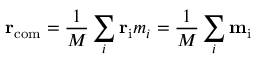
\mathbf { r } _ { \mathrm { c o m } } = { \frac { 1 } { M } } \sum _ { i } \mathbf { r } _ { \mathrm { i } } m _ { i } = { \frac { 1 } { M } } \sum _ { i } \mathbf { m } _ { \mathrm { i } }